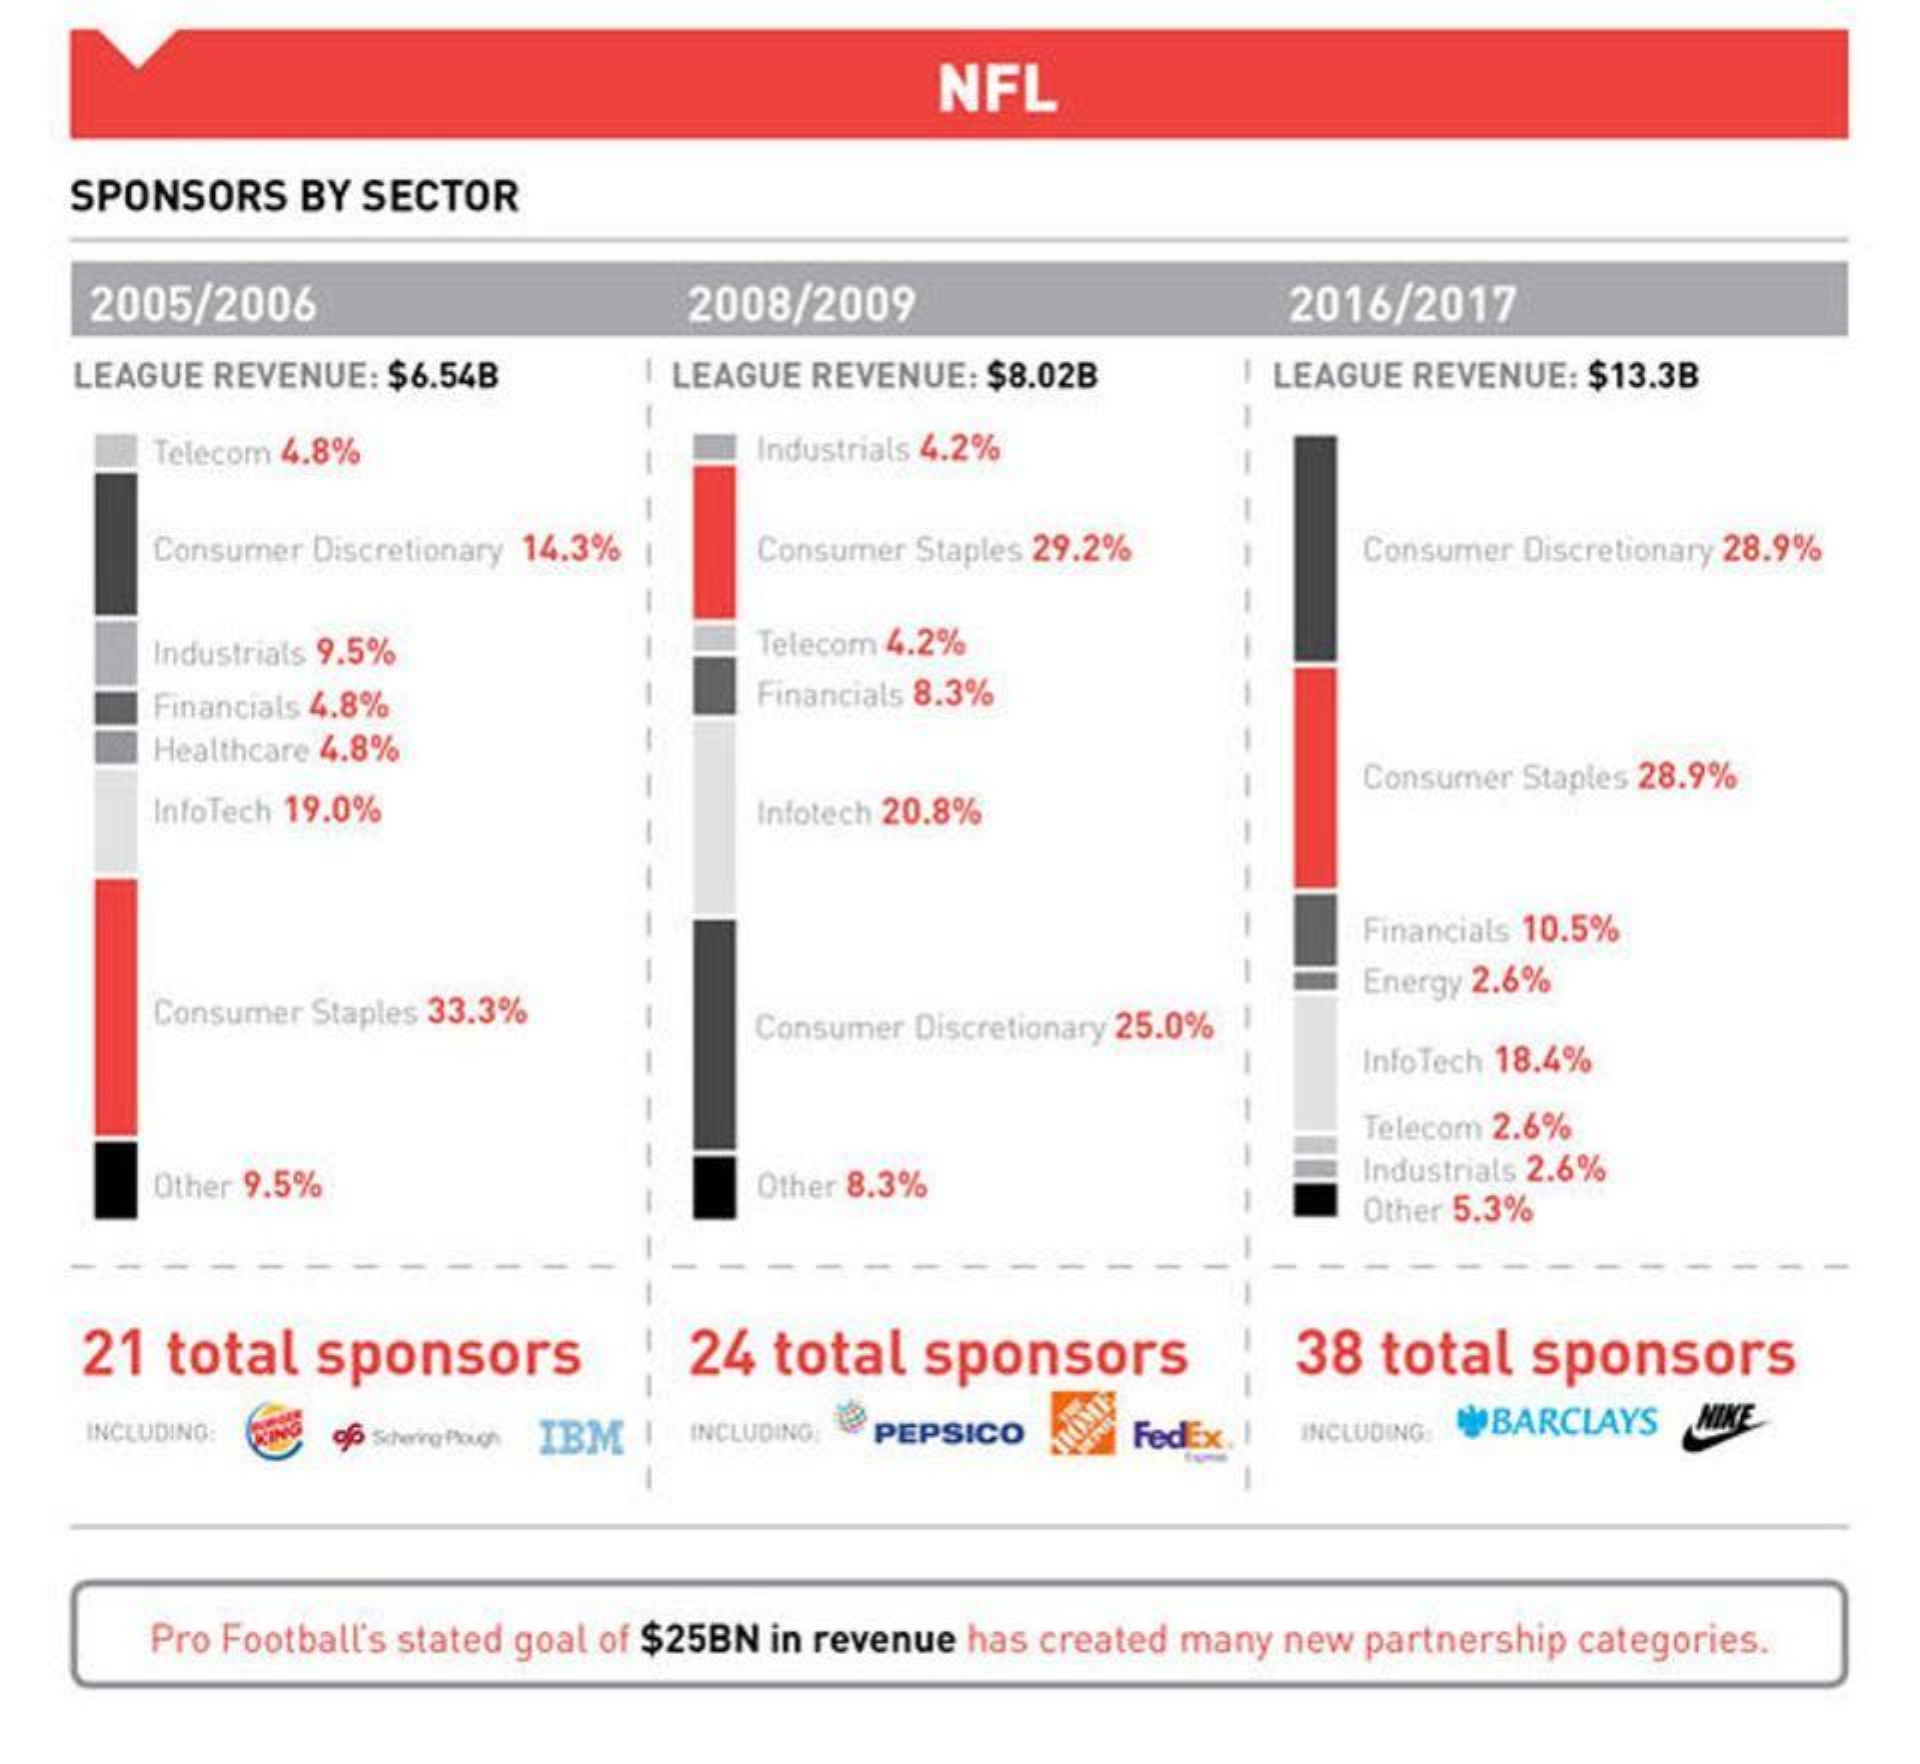
NFL
    SPONSORS  BY  SECTOR
     2005/2006    2008/2009    2016/2017
    LEAGUE REVENUE: $6.54B    | LEAGUE REVENUE: $8.02B    | LEAGUE REVENUE: $13.3B
     Telecom 4.8%    Industrials 4.2% -
     Consumer Discretionary 14.3% Consumer Staples 29.2%    Consumer Discretionary 28.9%
     Industriats 9.5%    Telecom 4.2%
     Financials 4.8%    Financials 8.3%
     Healthcare 4.8%
     InfoTech 19.0%    Infotech 20.8%
     Consumer Staples 28.9%
     Financials 10.5%
     Consumer Staples 33.3%    Consumer Discretionary 25.0%
     Energy 2.6%
     InfoTech 18.4%
     Telecom 2.6%
     Other 9.5%    Other 8.3%    Industrials 2.6%
     Other 5.3%
    21  total  sponsors    24  total   sponsors    38  total  sponsors
    INCLUDING: RING of6 Schering -Plough IBM | INCLUDING PEPSICO FedEx. ! INCLUDING: BARCLAYS NIKE
     Pro Football's stated goal of $25BN in revenue has created many new partnership categories.